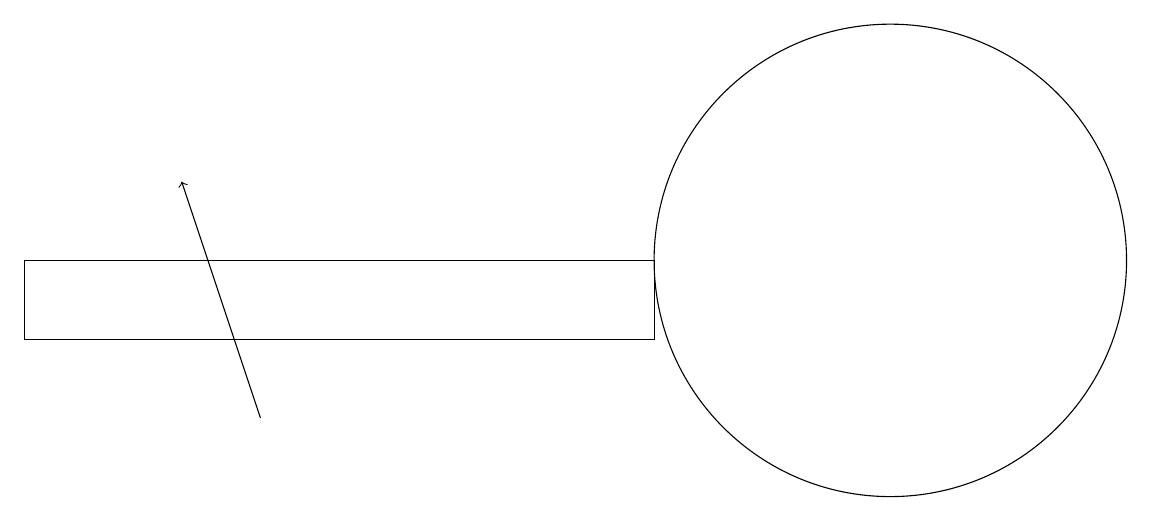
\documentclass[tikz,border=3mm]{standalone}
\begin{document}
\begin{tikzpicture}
\draw (11,12) circle (3);
\draw (10,11) circle (0);
\draw (0,12) rectangle (8,11);
\draw[->] (3,10) -- (2,13);
\draw (12,10) circle (0);
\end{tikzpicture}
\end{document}